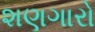
શણગારો